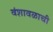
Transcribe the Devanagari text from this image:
वंशावळाची